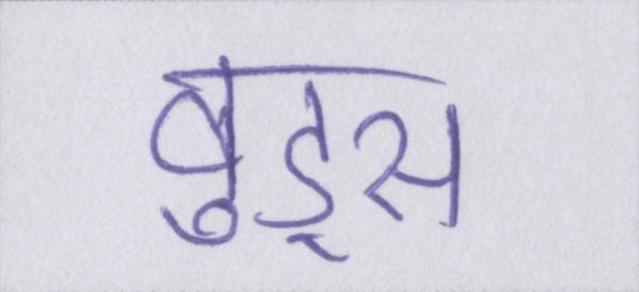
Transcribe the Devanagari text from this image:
वुड्स